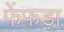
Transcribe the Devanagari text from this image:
फेंफड़ा